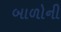
બાળોની